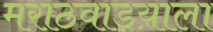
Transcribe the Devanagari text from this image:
मराठवाडय़ाला